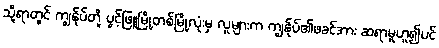
သို့ရာတွင် ကျွန်ုပ်တို့ ပွင့်ဖြူမြို့တစ်မြို့လုံးမှ လူများက ကျွန်ုပ်၏ဖခင်အား ဆရာမူဟူ၍ပင်